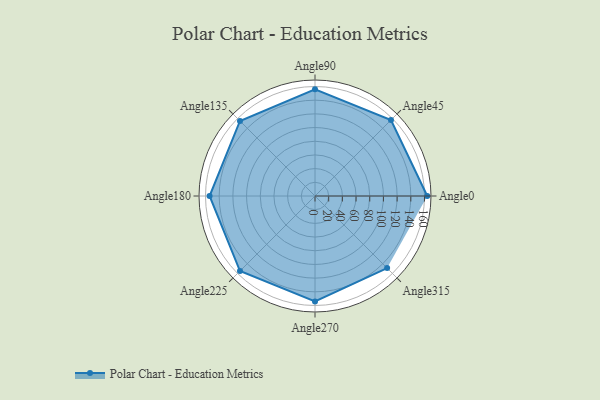
{"axis": {"x": "Angle", "y": "Radius"}, "legend": [""], "data": [{"x": "Angle0", "y": 164.0, "type": ""}, {"x": "Angle45", "y": 157.0, "type": ""}, {"x": "Angle90", "y": 156.0, "type": ""}, {"x": "Angle135", "y": 155.0, "type": ""}, {"x": "Angle180", "y": 154.0, "type": ""}, {"x": "Angle225", "y": 155.0, "type": ""}, {"x": "Angle270", "y": 154.0, "type": ""}, {"x": "Angle315", "y": 149.0, "type": ""}]}